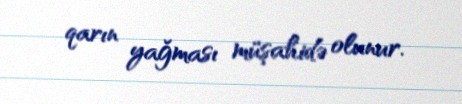
qarın yağması müşahidə olunur.